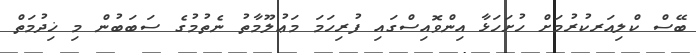
ބޭސް ކްލިއަރކުރުމަށް ހުށަހަޅާ އިންވޮއިސްގައި ފުރިހަމަ މަޢުލޫމާތު ނެތުމުގެ ސަބަބުން މި ޚިދުމަތް